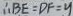
\therefore B E = D F = y